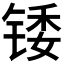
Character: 𬭗